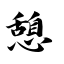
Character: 憩